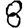
Digit: 8